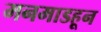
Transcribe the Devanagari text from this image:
मनमाडहून